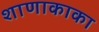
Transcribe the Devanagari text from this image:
शाणाकाका